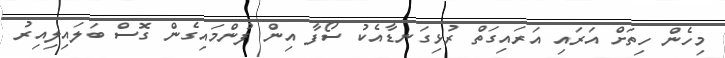
މިހެން ހިތަށް އަރައި އަރައިގަތް ރުޅިގަނޑާއެކު ސޯފާ އިން ފުންމައިގެން ގޮސް ބަލައިލިއިރު